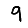
Digit: 9